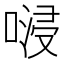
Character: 𠺸